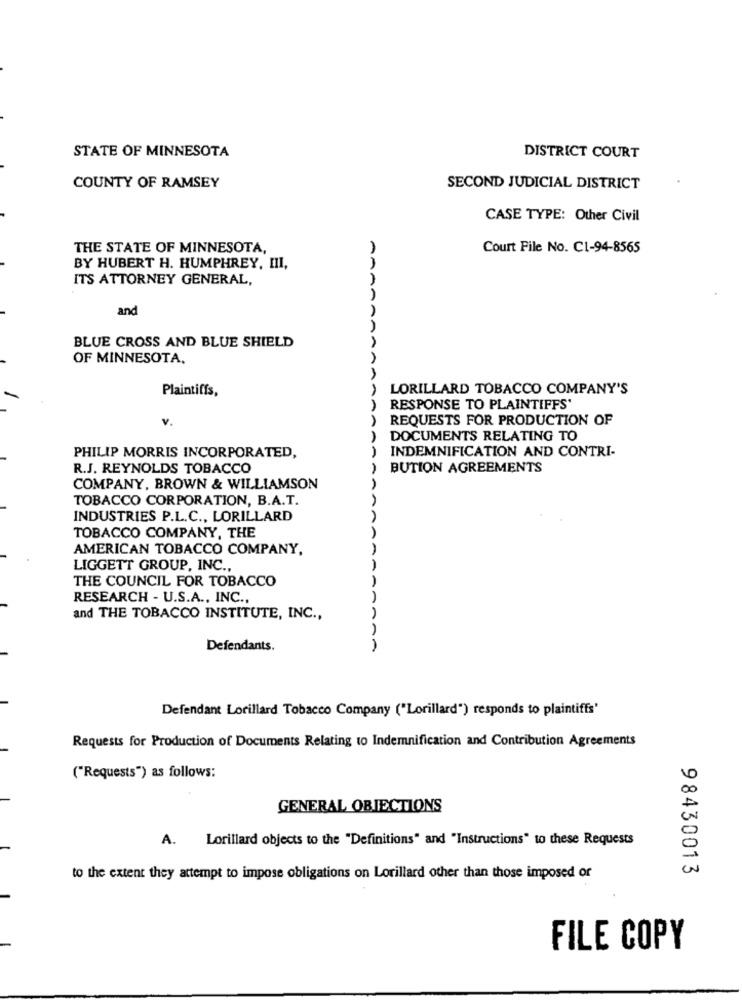
STATE OF MINNESOTA
DISTRICT COURT
COUNTY OF RAMSEY
SECOND JUDICIAL DISTRICT
CASE TYPE: Other Civil
THE STATE OF MINNESOTA,
Court File No. C1-94-8565
BY HUBERT H. HUMPHREY, III,
ITS ATTORNEY GENERAL,
AAAA
and
BLUE CROSS AND BLUE SHIELD
OF MINNESOTA,
Plaintiffs,
LORILLARD TOBACCO COMPANY'S
RESPONSE TO PLAINTIFFS'
v.
AAAAAAAA
REQUESTS FOR PRODUCTION OF
DOCUMENTS RELATING TO
PHILIP MORRIS INCORPORATED,
INDEMNIFICATION AND CONTRI-
R.J. REYNOLDS TOBACCO
BUTION AGREEMENTS
COMPANY, BROWN & WILLIAMSON
TOBACCO CORPORATION, B.A.T.
INDUSTRIES P.L.C ., LORILLARD
TOBACCO COMPANY, THE
AMERICAN TOBACCO COMPANY,
LIGGETT GROUP, INC .,
THE COUNCIL FOR TOBACCO
RESEARCH - U.S.A ., INC .,
AAA
and THE TOBACCO INSTITUTE, INC .,
Defendants.
Defendant Lorillard Tobacco Company ("Lorillard") responds to plaintiffs'
Requests for Production of Documents Relating to Indemnification and Contribution Agreements
("Requests") as follows:
GENERAL OBJECTIONS
A. Lorillard objects to the "Definitions" and "Instructions" to these Requests
98430013
to the extent they attempt to impose obligations on Lorillard other than those imposed or
FILE COPY